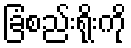
ခြံစည်းရိုးကို